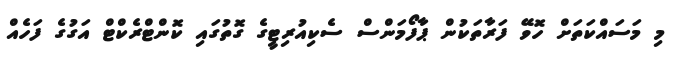
މި މަސައްކަތަށް ހޮވޭ ފަރާތަކުން ޕާފޯމަންސް ސެކިއުރިޓީގެ ގޮތުގައި ކޮންޓްރެކްޓް އަގުގެ ފަހެއް